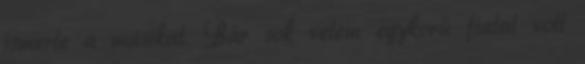
ismerte a másikat. Bár sok velem egykorú fiatal volt